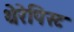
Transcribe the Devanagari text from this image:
थेरेपिस्ट